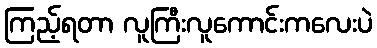
ကြည့်ရတာ လူကြီးလူကောင်းကလေးပဲ